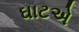
ઘાટએ